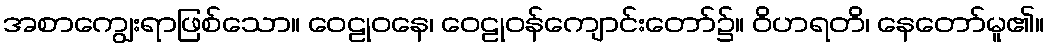
အစာကျွေးရာဖြစ်သော။ ဝေဠုဝနေ၊ ဝေဠုဝန်ကျောင်းတော်၌။ ဝိဟရတိ၊ နေတော်မူ၏။